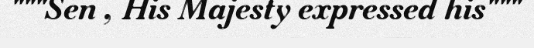
"""Sen , His Majesty expressed his"""